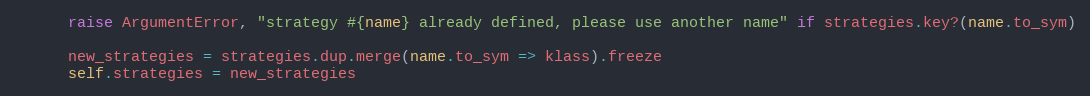
Language: Ruby
      raise ArgumentError, "strategy #{name} already defined, please use another name" if strategies.key?(name.to_sym)

      new_strategies = strategies.dup.merge(name.to_sym => klass).freeze
      self.strategies = new_strategies